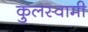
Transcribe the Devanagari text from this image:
कुुलस्वामी